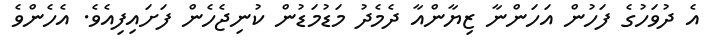
އެ ދުވަހުގެ ފަހުން އަހަންނާ ޒިޔާންއާ ދެމެދު މަޑުމަޑުން ކުނިޖެހެން ފަށައިފިއެވެ. އެހެންވެ